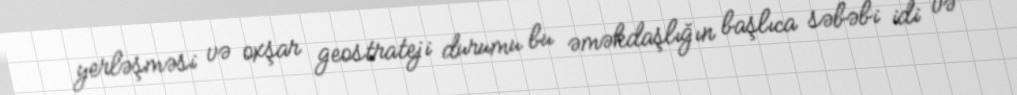
yerləşməsi və oxşar geostrateji durumu bu əməkdaşlığın başlıca səbəbi idi və